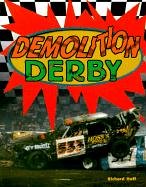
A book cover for Demolition Derby (Race Car Legends); Richard Huff; Teen & Young Adult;